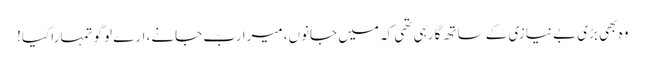
وہ بھی بڑی بے نیازی کے ساتھ گا رہی تھی کہ میں جانوں، میرا ربّ جانے، ارے لوگو تمہارا کیا!